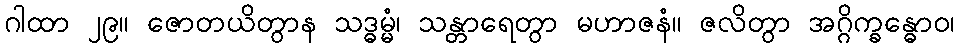
ဂါထာ ၂၉။ ဇောတယိတွာန သဒ္ဓမ္မံ၊ သန္တာရေတွာ မဟာဇနံ။ ဇလိတွာ အဂ္ဂိက္ခန္ဓောဝ၊